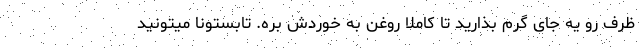
ظرف رو یه جای گرم بذارید تا کاملا روغن به خوردش بره. تابستونا میتونید